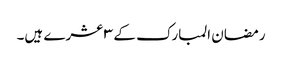
رمضان المبارک کے ٣ عشرے ہیں۔